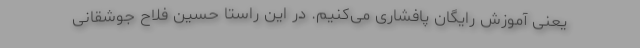
یعنی آموزش رایگان پافشاری می‌کنیم. در این راستا حسین فلاح جوشقانی